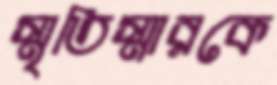
স্মৃতিস্মারকে